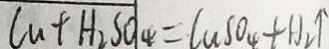
C u + H _ { 2 } S O _ { 4 } = C u S O _ { 4 } + H _ { 2 } \uparrow